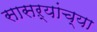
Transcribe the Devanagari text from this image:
सासऱ्यांच्या